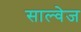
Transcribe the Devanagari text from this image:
साल्वेज